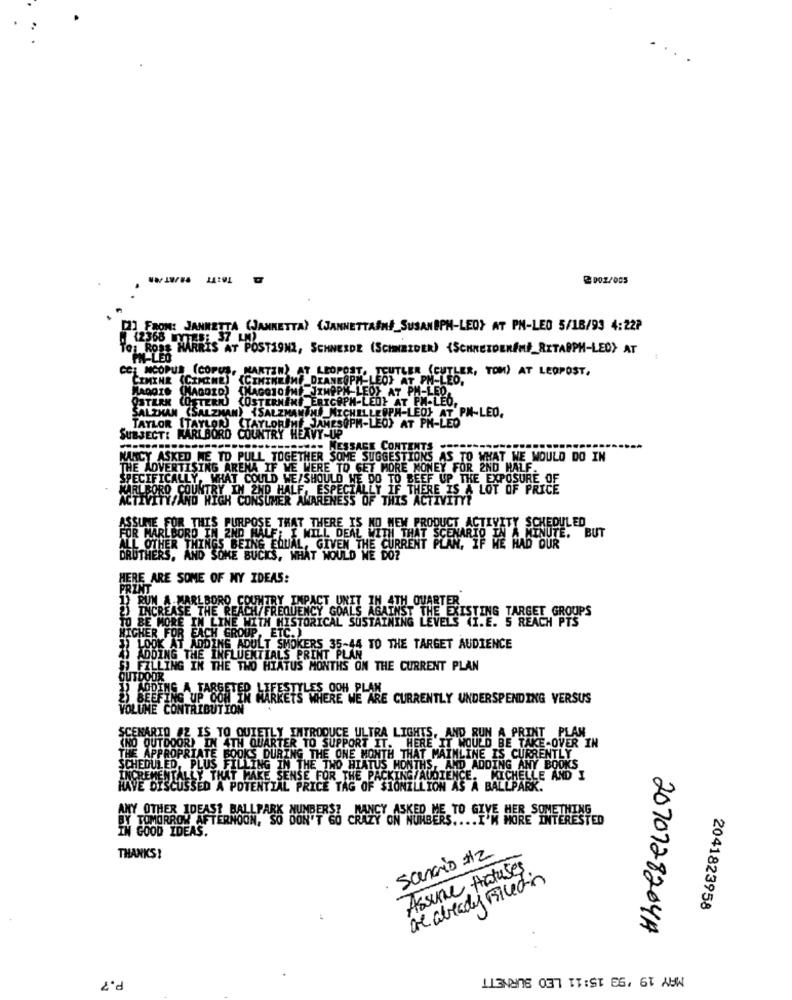
2002/005
[] FROM: JANNETTA (JANKETTA) (JANNETTASNÝ_SUSANBPH-LEOY AT PN-LED 5/16/93 4:22P
(2368 MYTERi
TO: RODS HARRIS AT POSTI9M2, SCHNEIDE (SCHNEIDER) (SCHNEIDERANI_RITAPPH-LEDY AT
IN-LED
CC: MCOPUR (COPUS, MARTIN) AT LEOPOST. TEUTLER (CUTLER, TOM) AT LEOPOST,
CIMINE (CIMINE) <CINIKEINE_DIANEOPH
LEOT AT PN-LEO.
PATERN (OSTERN) (OSTERNAND ERICOPH-LED} AT PM-LEO,
HADOIS (HAGOID) (MAGGIOIMI JIHOPH LEOT AT PH-LED
SALZHAN (SALZMAN) {SALZMANIMI MICHELLEOPH-LEOJ AT PN-LEO,
TAYLOR [TAYLOR (TAYLORSHE JAMESUPM-LEO) AT PH-LED
SUBJECT: KARLBORD COUNTRY HEAVY-UP
MESSAGE CONTENTS-
NANCY ASKED ME TO PULL TOGETHER SOME SUGGESTIONS AS TO WHAT WE WOULD DO IN
THE ADVERTISING ARENA IF WE WERE TO GET MORE MONEY FOR 2ND HALF.
SPECIFICALLY, WHAT COULD WE/SHOULD WE DO TO BEEF UP THE EXPOSURE OF
KARLBORO COUNTRY IN 2ND HALF, ESPECIALLY IF THERE IS A LOT OF PRICE
ACTIVITY/AND HIGH CONSUMER AWARENESS OF THIS ACTIVITY?
ASSUME FOR THIS PURPOSE THAT THERE IS NO NEW PRODUCT ACTIVITY SCHEDULED
FOR MARLBORO IN 2ND HALF; I WILL DEAL WITH THAT SCENARIO IN A MINUTE. BUT
ALL OTHER THINGS BEING EQUAL, GIVEN THE CURRENT PLAN, IF WE HAD OUR
DRUTHERS, AND SOME BUCKS, WHAT WOULD WE DO?
HERE ARE SOME OF MY IDEAS:
PRINT
1) RUN A MARLBORO COUNTRY IMPACT UNIT IN 4TH QUARTER
2) INCREASE THE REACH/FREQUENCY GOALS AGAINST THE EXISTING TARGET GROUPS
TO BE MORE IN LINE WITH HISTORICAL SUSTAINING LEVELS (I.E. 5 REACH PTS
HIGHER FOR EM
FOR EACH GROUP, ETC.)
ER LOOK AT
IDING ADULT SMOKERS 35-44 TO THE TARGET AUDIENCE
45 ADDING THE INFLUENTIALS PRINT PLAN
5) FILLING IN THE TWO HIATUS MONTHS ON THE CURRENT PLAN
OUTDOOR
LODING A TARGETED LIFESTYLES OOH PLAN
23 BEEFING UP COM'I
RKETS WHERE WE ARE CURRENTLY UNDERSPENDING VERSUS
VOLUME CONTRIBUTION
SCENARIO #2 IS TO QUIETLY INTRODUCE ULTRA LIGHTS, AND RUN A PRINT PLAN
(NO OUTDOOR) IN 4TH QUARTER TO SUPPORT IT. HERE IT WOULD BE TAKE OVER IN
THE APPROPRIATE BOOKS DURING THE ONE MONTH THAT MAINLINE IS CURRENTLY
SCHEDULED, PLUS FILLING IN THE TWO HIATUS MONTHS, AND ADDING ANY BOOKS
ALLY THAT MAKE SENSE FOR THE PACKING/AUDIENCE. MICHELLE AND I
HAVE DISCUSSED A POTENTIAL PRICE TAG OF SIONILLION AS A BALLPARK.
TOMORROW AFTERNOON. ASS WUNDERST BANCY ASKED ME TO GIVE HER SOMETHING
ANY OTHER IDEAS? BALLPARK
RAZY ON NUMBERS .... I'M MORE INTERESTED
IN GOOD IDEAS.
Scenario #2
THANKS!
Assure Hatuses
are already Filed in
2041823958
2070728204A
P.7
MAY 19 '93 15:11 LEO BURNETT